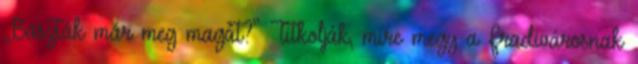
„Baszták már meg magát?” Titkolják, mire megy a Fradivárosnak